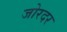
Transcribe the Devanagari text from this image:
जोरदर